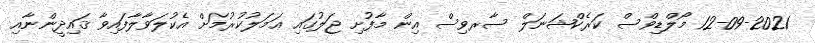
12-09-2021 މޯލްޑިވްސް ކަރެކްޝަނަލް ސާރވިސް އިން މާފުށި ޖަލުގައި ޢަމަލުކުރުމަށް އެކުލަވާލާފައިވާ ޤައިދީންނާއި